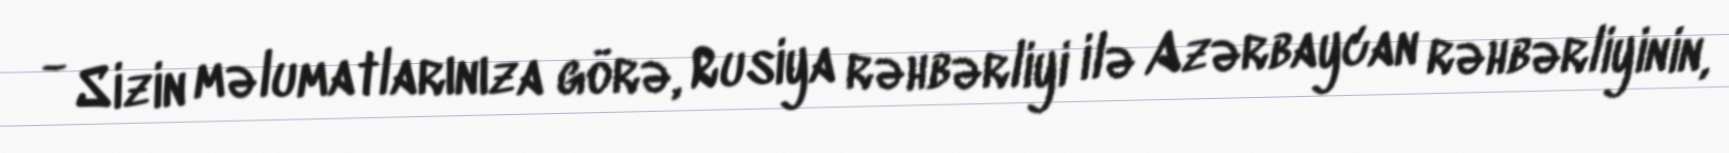
- Sizin məlumatlarınıza görə, Rusiya rəhbərliyi ilə Azərbaycan rəhbərliyinin,